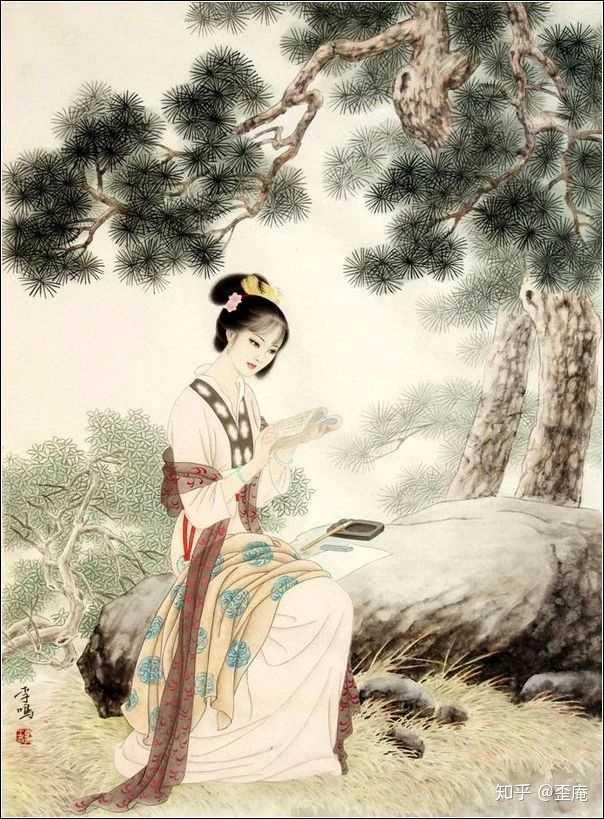
行人怅望苏台柳，曾与吴王扫落花。